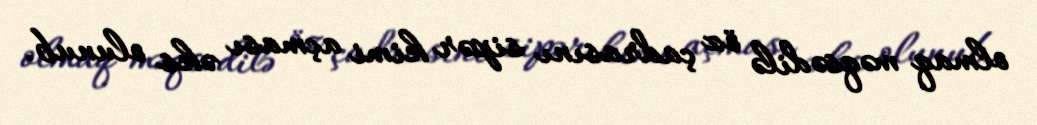
olmaq məqsədilə öz çadrasını sipər kimi açması əks olunub.